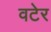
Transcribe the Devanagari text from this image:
वटेर